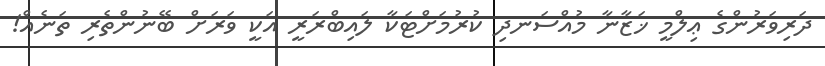
ދަރިވަރުންގެ ޢިލްމީ ޚަޒާނާ މުއްސަނދި ކުރުމަށްޓަކާ ލައިބްރަރީ އަކީ ވަރަށް ބޭނުންތެރި ތަނެއް!